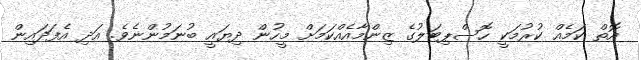
އޮތް ކަމެއް ކުރުމަކީ ހޮސްޕިޓަލުގެ ޒިންމާއެއްކަމަށް މީހުން ދިޔައީ ބުނަމުންނެވެ. އަދި އެފަދައިން